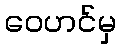
ဝေဟင်မှ